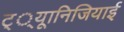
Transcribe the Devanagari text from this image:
ट््यूानिजियाई